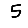
Digit: 5